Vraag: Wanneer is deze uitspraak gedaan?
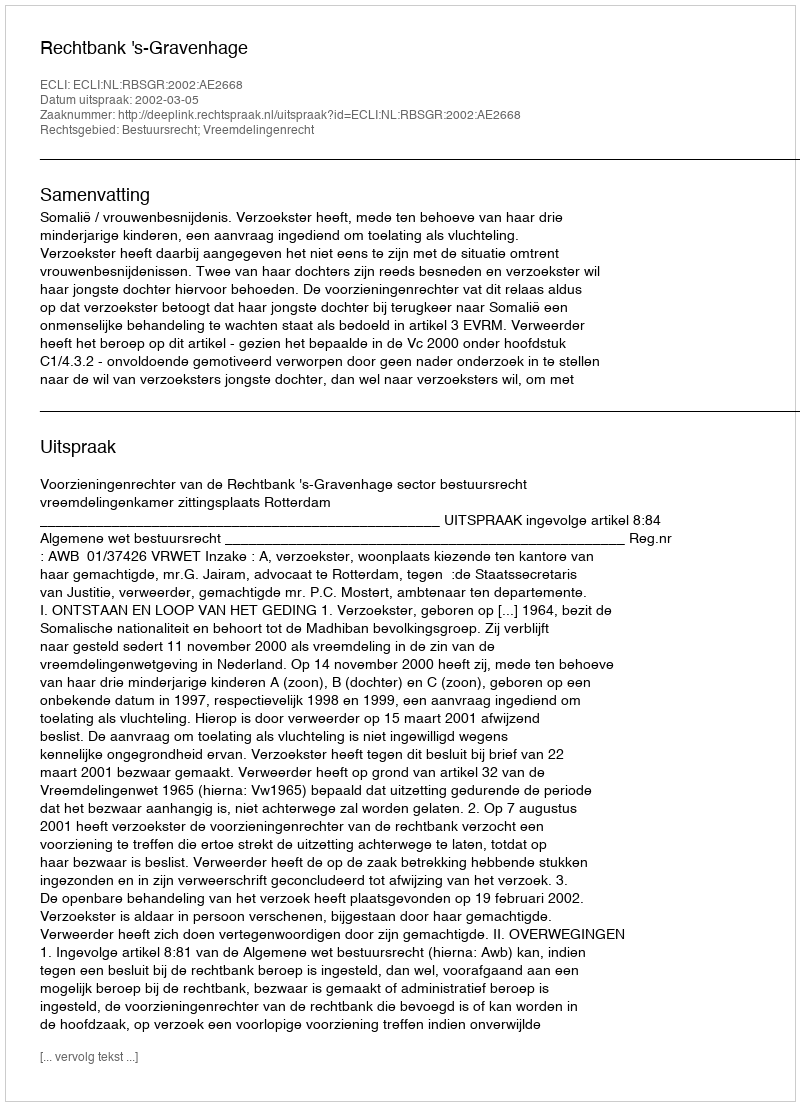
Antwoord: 2002-03-05